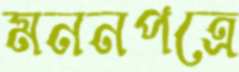
মননপত্রে